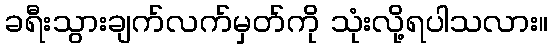
ခရီးသွားချက်လက်မှတ်ကို သုံးလို့ရပါသလား။